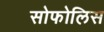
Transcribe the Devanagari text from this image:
सोफोलिस